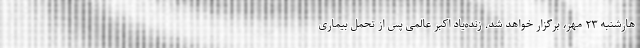
هارشنبه ۲۳ مهر، برگزار خواهد شد. زنده‌یاد اکبر عالمی پس از تحمل بیماری